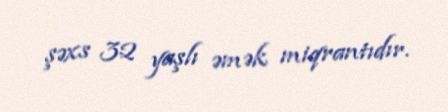
şəxs 32 yaşlı əmək miqrantıdır.